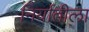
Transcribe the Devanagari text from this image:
निर्यातीला